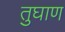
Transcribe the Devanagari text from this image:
तुघाण